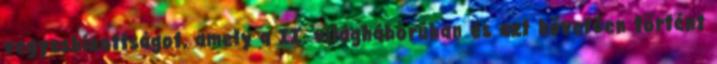
vegyesbizottságot, amely a II. világháborúban és azt követően történt